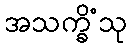
အသက္ခိံသု